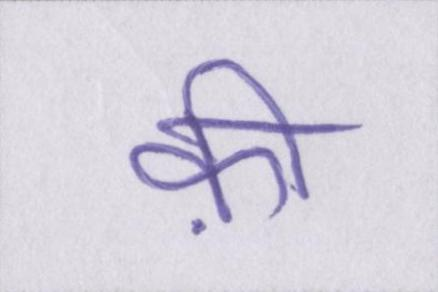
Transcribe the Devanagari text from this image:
क़ी